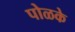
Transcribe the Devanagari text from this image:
पोळके